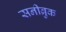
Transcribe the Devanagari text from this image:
सनीब्रुक